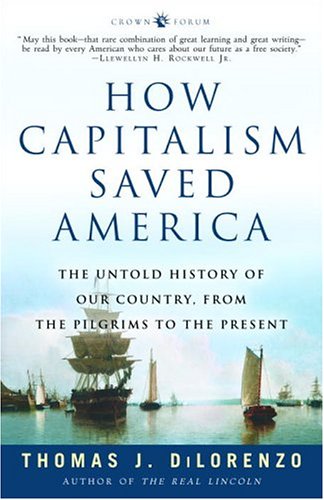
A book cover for How Capitalism Saved America: The Untold History of Our Country, from the Pilgrims to the Present; Thomas DiLorenzo; Business & Money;